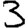
Digit: 3